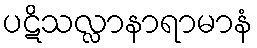
ပဋိသလ္လာနာရာမာနံ